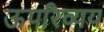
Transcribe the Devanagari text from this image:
ऊपरिव्यय